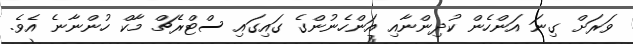
ވަރަށް ގިނަ އަންހެން ކުދިންނާއި އަންހެނުންގެ ގައިގައި ސްޓްރެޗް މާކް ހުންނާނެ އެވެ.